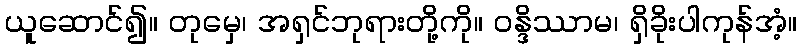
ယူဆောင်၍။ တုမှေ၊ အရှင်ဘုရားတို့ကို။ ဝန္ဒိဿာမ၊ ရှိခိုးပါကုန်အံ့။